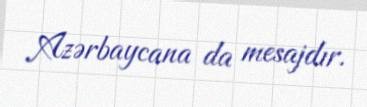
Azərbaycana da mesajdır.